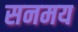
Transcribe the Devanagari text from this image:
सनमय